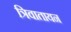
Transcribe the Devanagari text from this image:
त्रिवातायन